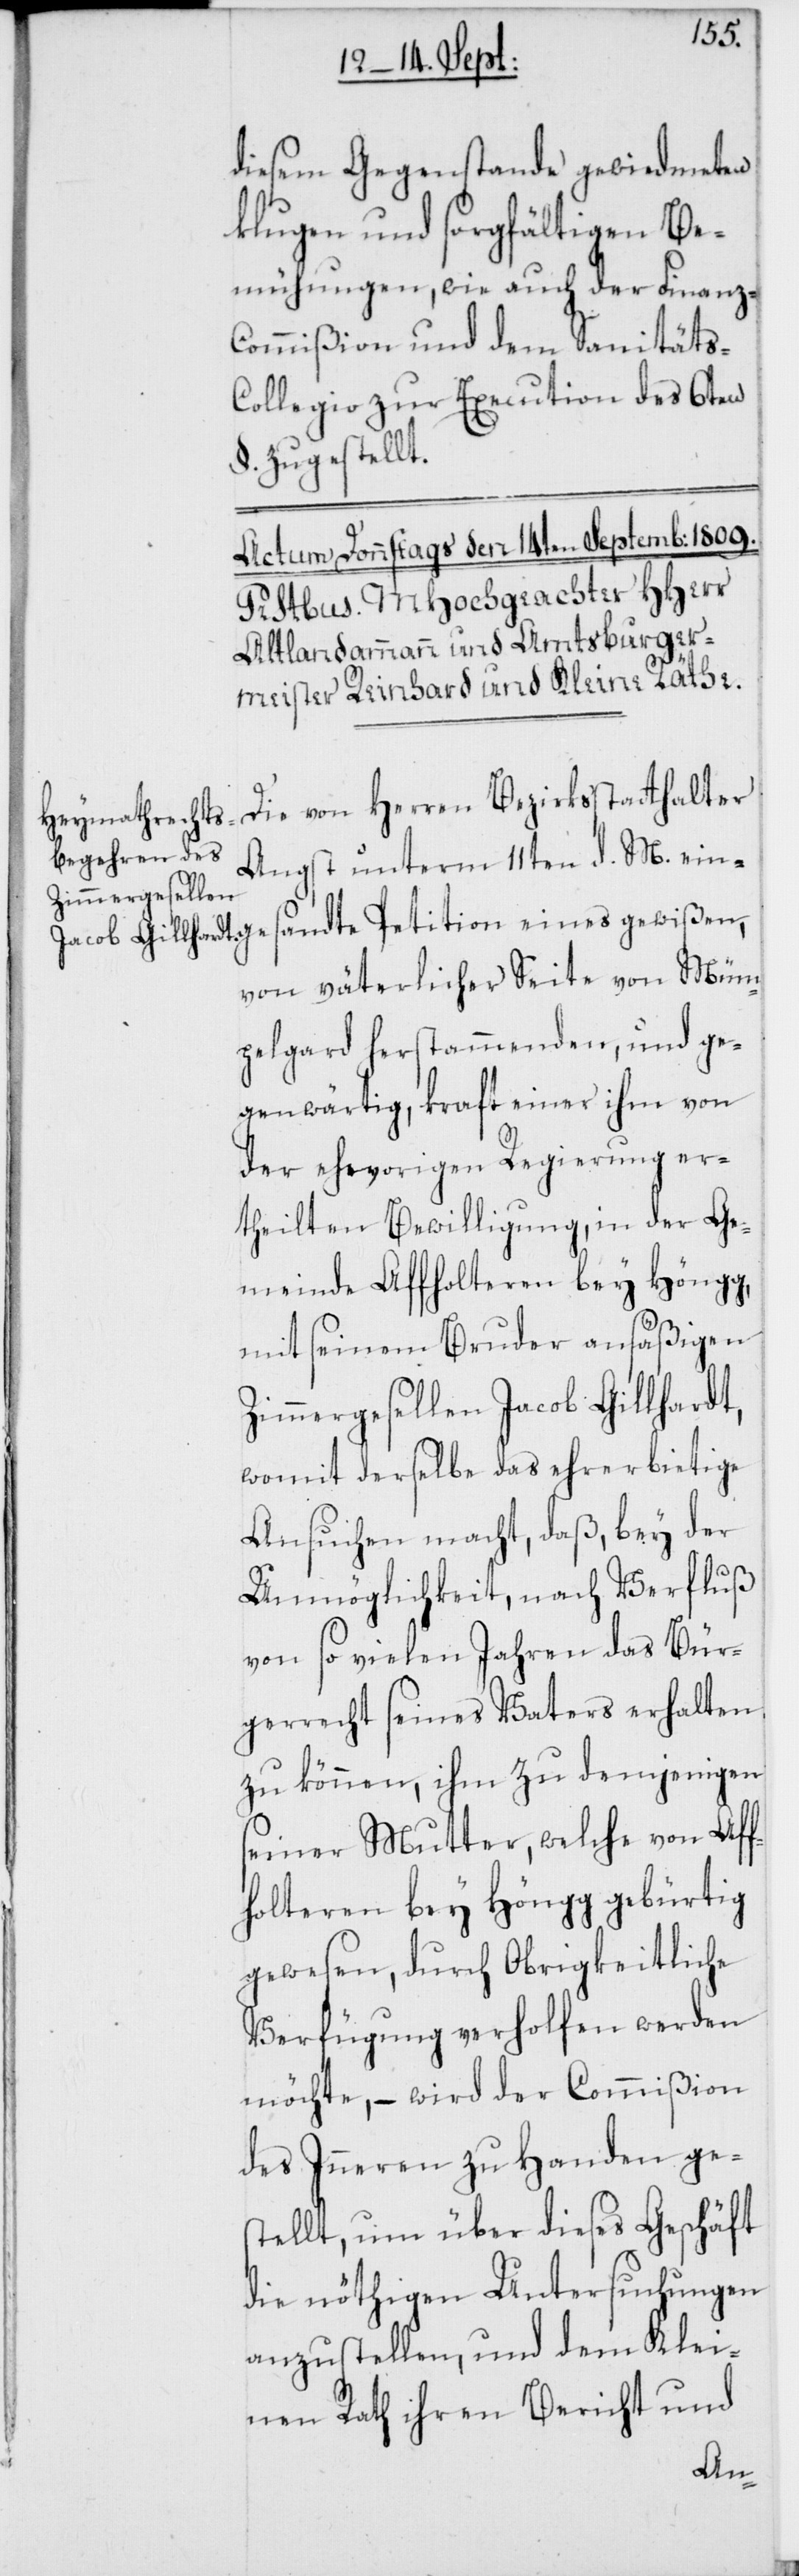
sandte
diesem Gegenstande gewiedmeten
klugen und sorgfältigen Be¬
mühungen, wie auch der Finanz-C¬
ommißion und dem Sanitäts-C¬
ollegio zur Execution des 6ten
§. zugestellt.
Die von Herren Bezirksstatthalter
Angst unterm 11ten d. M. einge¬
von väterlicher Seite von Müm¬
pelgard herstammenden, und ge¬
genwärtig, kraft einer ihm von
der ehevorigen Regierung er¬
theilten Bewilligung, in der Ge¬
meinde Affholteren bey Höngg,
mit seinem Bruder ansäßigen
Zimmergesellen Jacob Gillhardt,
womit derselbe das ehrerbietige
Ansuchen macht, daß, bey der
Unmöglichkeit, nach Verfluß
von so vielen Jahren das Bür¬
gerrecht seines Vaters erhalten
zu können, ihm zu demjenigen
seiner Mutter, welche von Aff¬
holteren bey Höngg gebürtig
gewesen, durch Obrigkeitliche
Verfügung verholfen werden
möchte, – wird der Commißion
des Inneren zu Handen ges¬
tellt, um über dieses Geschäft
die nöthigen Untersuchungen
anzustellen, und dem Klei¬
nen Rath ihren Bericht und